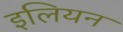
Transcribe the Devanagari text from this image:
इलियन